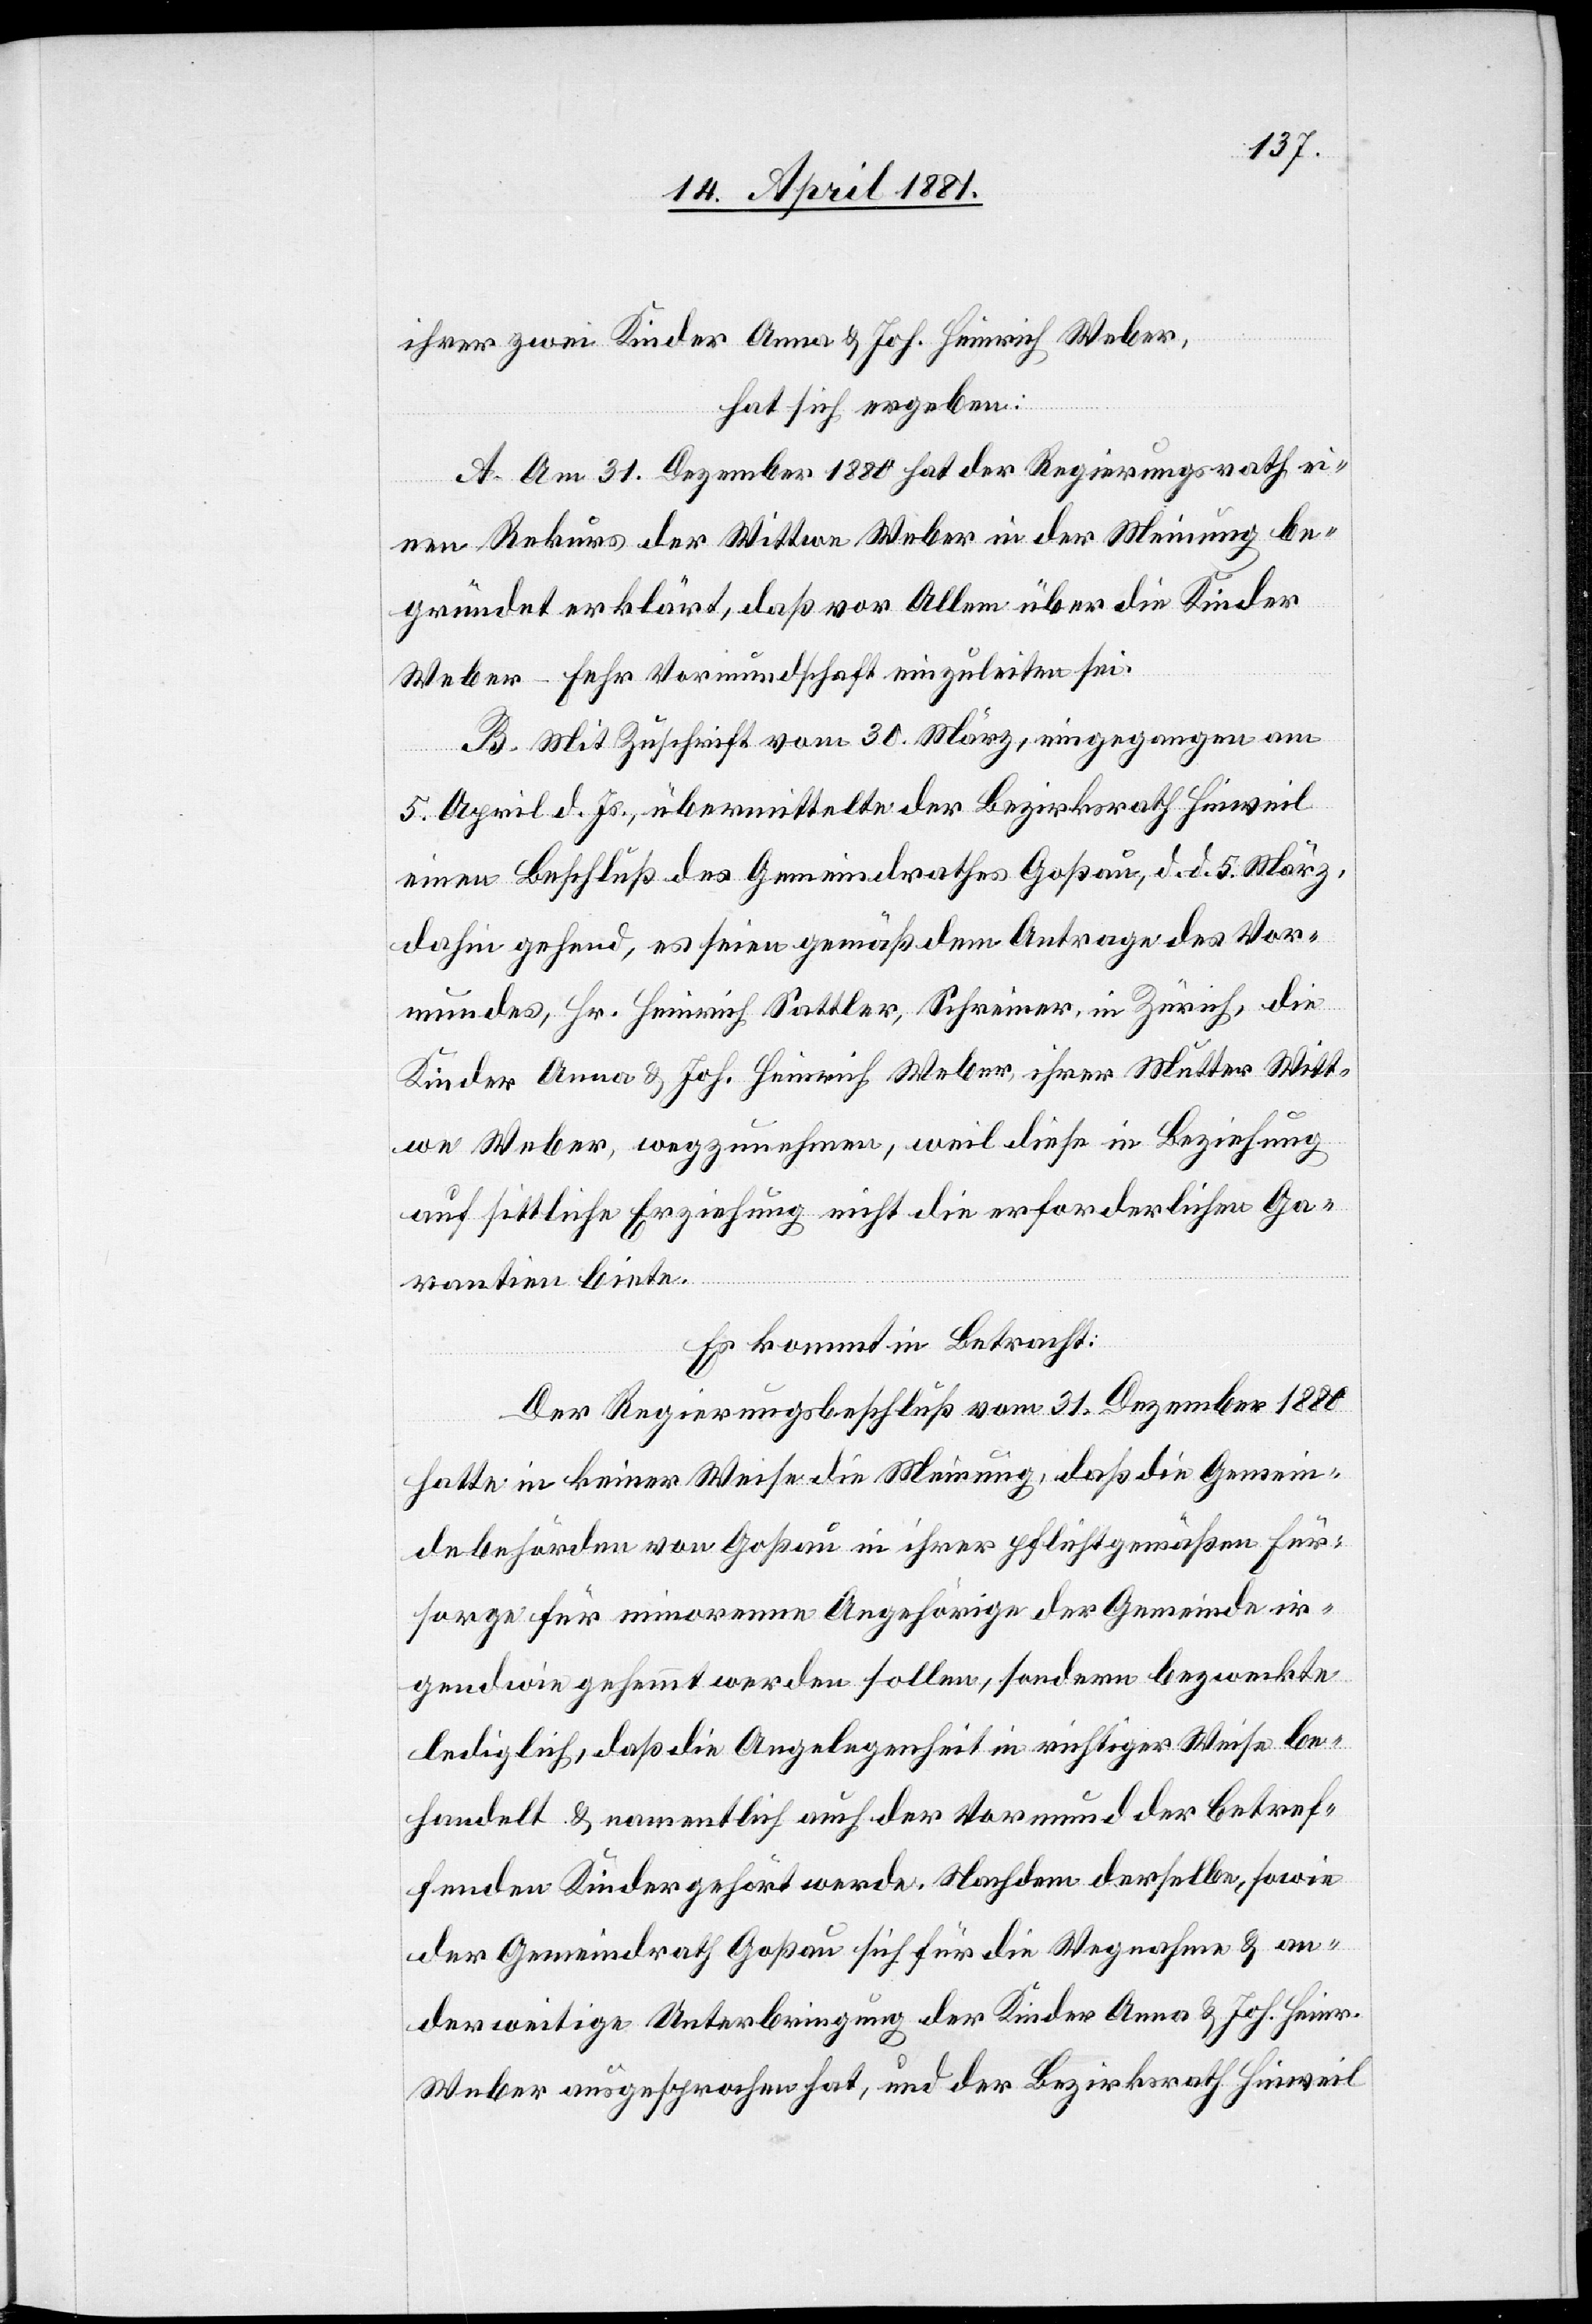
ihrer zwei Kinder Anna & Joh. Heinrich Weber,
hat sich ergeben:
A. Am 31. Dezember 1880 hat der Regierungsrath ei¬
nen Rekurs der Wittwe Weber in der Meinung be¬
gründet erklärt, daß vor Allem über die Kinder
Weber-Fehr Vormundschaft einzuleiten sei.
B. Mit Zuschrift vom 30. März, eingegangen am
5. April d. Js., übermittelte der Bezirksrath Hinweil
einen Beschluß des Gemeindrathes Goßau, d. d. 5. März,
dahin gehend, es seien gemäß dem Antrage des Vor¬
mundes, Hr. Heinrich Sattler, Schreiner, in Zürich, die
Kinder Anna & Joh. Heinrich Weber ihrer Mutter Witt¬
we Weber, wegzunehmen, weil diese in Beziehung
auf sittliche Erziehung nicht die erforderlichen Ga¬
rantien biete.
Es kommt in Betracht:
Der Regierungsrathsbeschluß vom 31. Dezember 1880
hatte in keiner Weise die Meinung, daß die Gemein¬
debehörden von Goßau in ihrer pflichtgemäßen Für¬
sorge für minorennen Angehörigen der Gemeinde ir¬
gendwie gehemmt werden sollen, sondern bezweckte
lediglich, daß die Angelegenheit in richtiger Weise be¬
handelt & namentlich auch der Vormund der Betref¬
fenden Kinder gehört werde. Nachdem derselbe, sowie
der Gemeindrath Goßau sich für die Wegnahme & an¬
derweitige Unterbringung der Kinder Anna & Joh. Heinr.
Weber ausgesprochen hat, und der Bezirksrath Hinweil